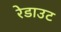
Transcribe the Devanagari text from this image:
रेडाउट